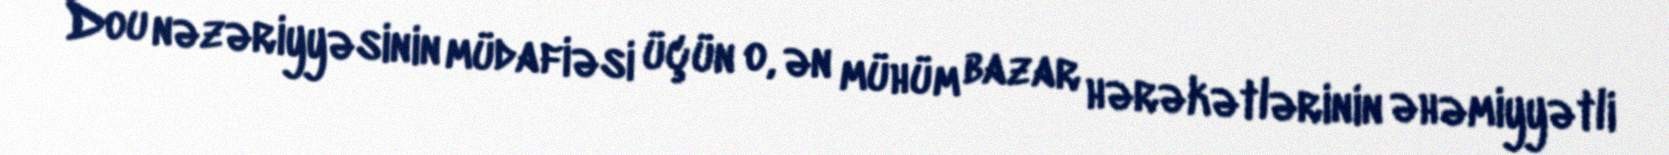
Dou nəzəriyyəsinin müdafiəsi üçün o, ən mühüm bazar hərəkətlərinin əhəmiyyətli